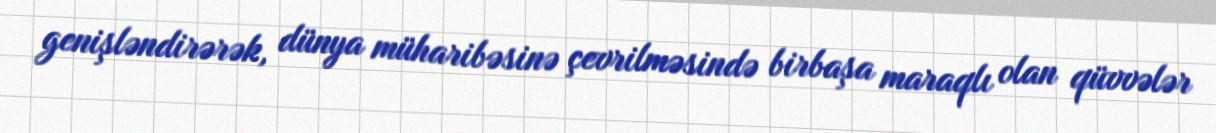
genişləndirərək, dünya müharibəsinə çevrilməsində birbaşa maraqlı olan qüvvələr